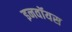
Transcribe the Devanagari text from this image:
इनवॉयस